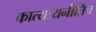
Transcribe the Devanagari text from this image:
कात्यायनीतिच